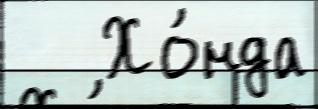
   Хо́нда